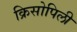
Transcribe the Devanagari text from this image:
क्रिसोपिली